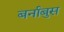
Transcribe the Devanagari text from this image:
बर्नाबुस